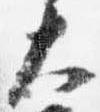
大